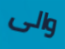
والى